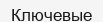
Ключевые